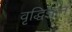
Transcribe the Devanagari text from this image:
वृद्धिज्ञान